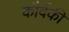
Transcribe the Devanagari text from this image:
कौर्वकी